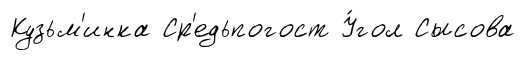
Кузьм'инка Ср'едьпогост У́гол Сысова